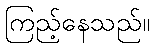
ကြည့်နေသည်။